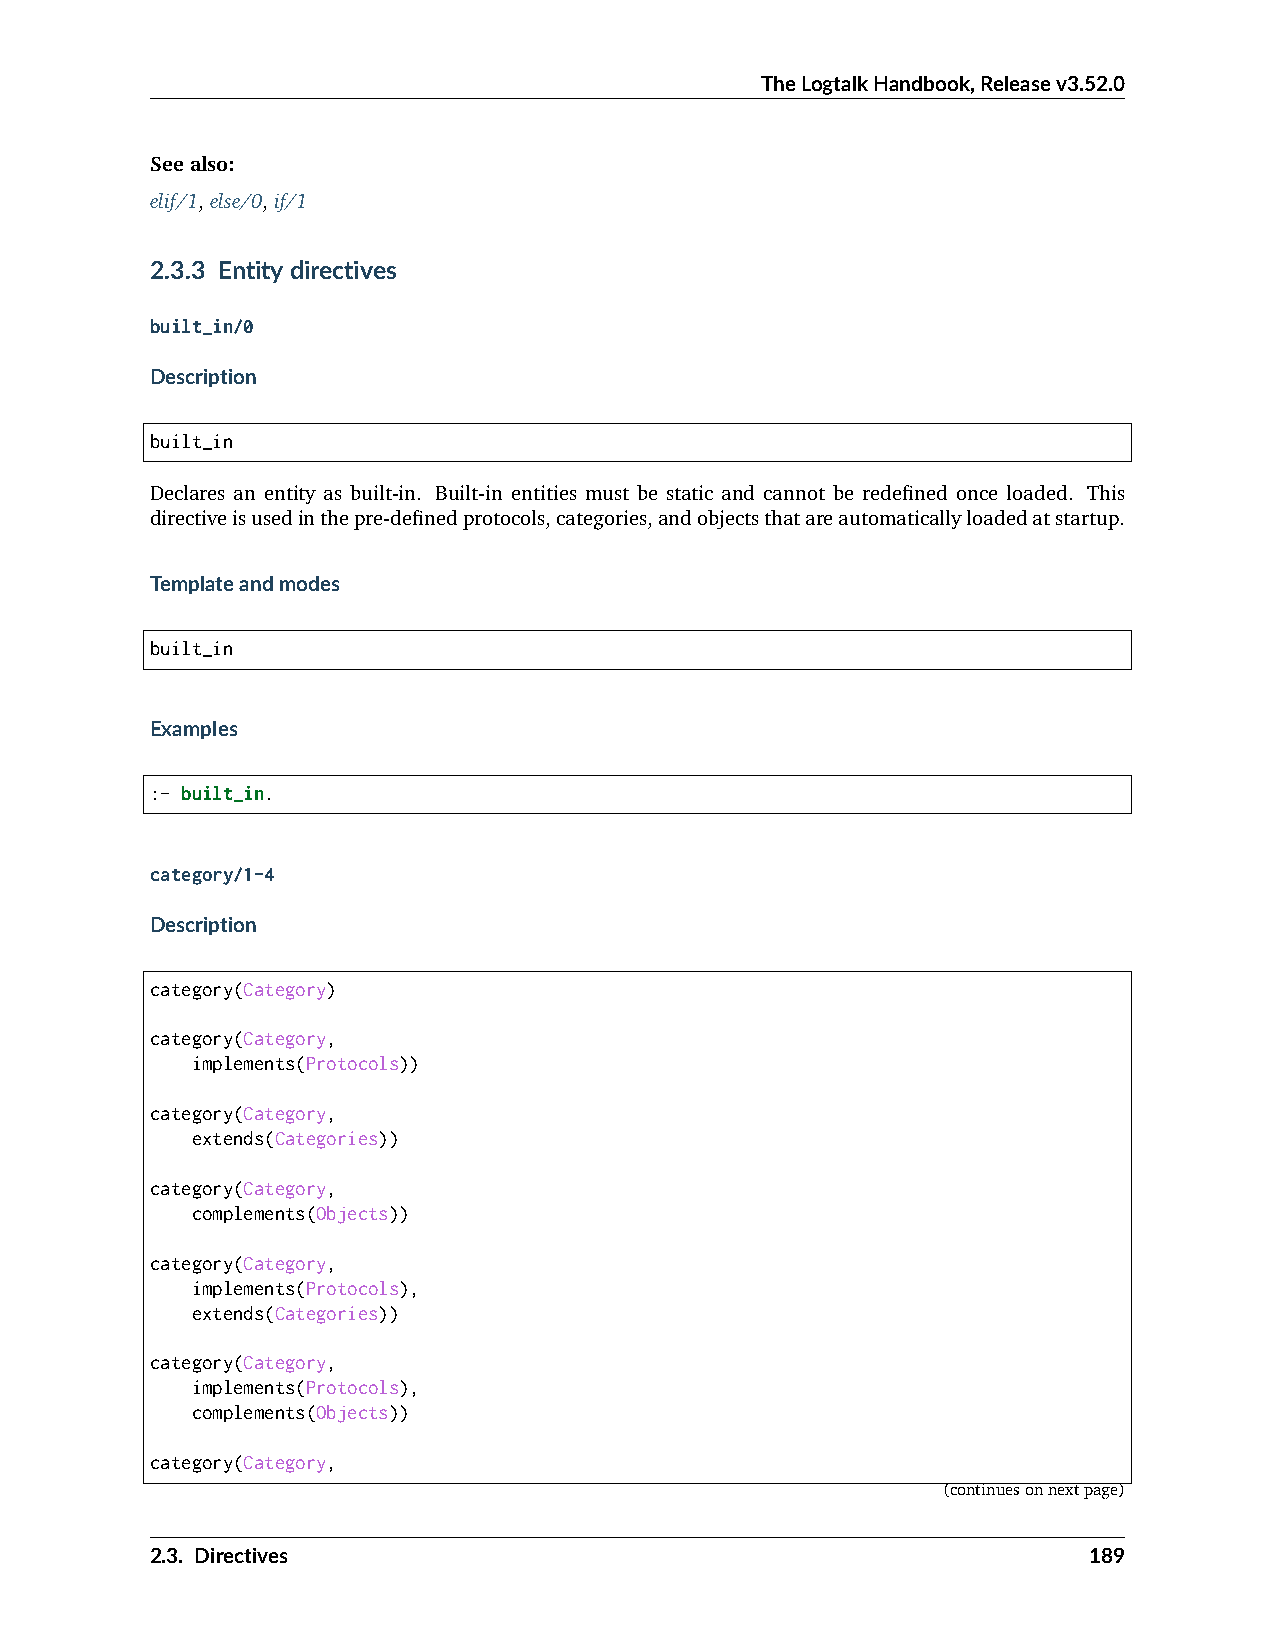
TheLogtalkHandbook,Releasev3.52.0
 Seealso:
 elif/1,else/0,if/1
 2.3.3 Entitydirectives
 built_in/0
 Description
 built_in
 Declares an entity as built-in. Built-in entities must be static and cannot be redefined once loaded. This
 directiveisusedinthepre-definedprotocols,categories,andobjectsthatareautomaticallyloadedatstartup.
 Templateandmodes
 built_in
 Examples
 :- built_in.
 category/1-4
 Description
 category(Category)
 category(Category,
 implements(Protocols))
 category(Category,
 extends(Categories))
 category(Category,
 complements(Objects))
 category(Category,
 implements(Protocols),
 extends(Categories))
 category(Category,
 implements(Protocols),
 complements(Objects))
 category(Category,
 (continuesonnextpage)
 2.3. Directives                                               189